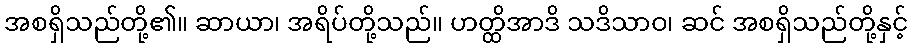
အစရှိသည်တို့၏။ ဆာယာ၊ အရိပ်တို့သည်။ ဟတ္ထိအာဒိ သဒိသာဝ၊ ဆင် အစရှိသည်တို့နှင့်